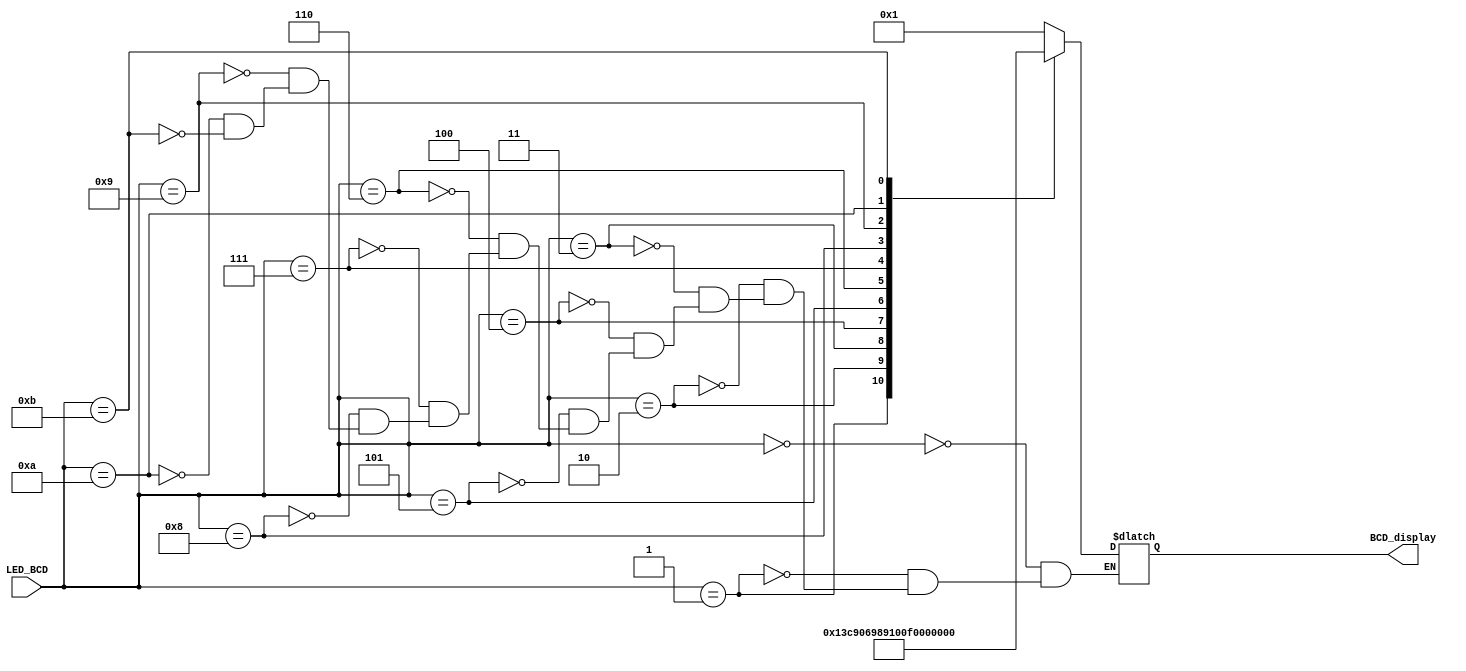
module display_out(
    input [3:0] LED_BCD,
    output reg [6:0] BCD_display
    );
    
    
    always @(*) //convert the binary decimal representation to a format for the seven segment display
    begin
        case (LED_BCD)
            4'b0000: BCD_display = 7'b0000001; // out = 0
            4'b0001: BCD_display = 7'b1001111; // out = 1
            4'b0010: BCD_display = 7'b0010010; // out = 2
            4'b0011: BCD_display = 7'b0000110; // out = 3
            4'b0100: BCD_display = 7'b1001100; // out = 4
            4'b0101: BCD_display = 7'b0100100; // out = 5
            4'b0110: BCD_display = 7'b0100000; // out = 6
            4'b0111: BCD_display = 7'b0001111; // out = 7
            4'b1000: BCD_display = 7'b0000000; // out = 8
            4'b1001: BCD_display = 7'b0000100; // out = 9
            4'b1010: BCD_display = 7'b1111110; // out = -
            4'b1011: BCD_display = 7'b1111111; // out = no segments lit up
        endcase
    end
endmodule